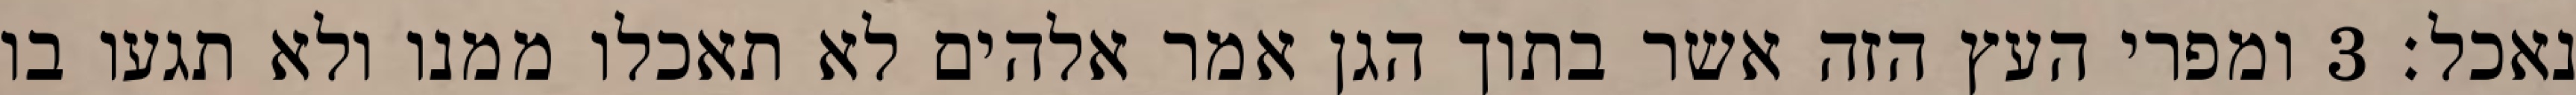
נאכל׃ ‎3‏ ומפרי העץ הזה אשר בתוך הגן אמר אלהים לא תאכלו ממנו ולא תגעו בו